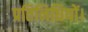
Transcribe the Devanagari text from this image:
प्रतिनिधियों।